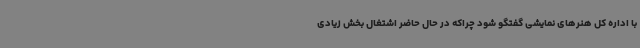
با اداره کل هنرهای نمایشی گفتگو شود چراکه در حال حاضر اشتغال بخش زیادی